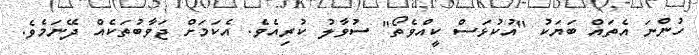
ހުންނަ އެތައް ބަޔަކު "އުކުޅަސް ކީއްވެތޯ" ސުވާލު ކުރިއެވެ. އެކަމަށް ޖަވާބުތަކެއް ދޭނަމެވެ.